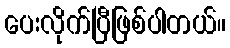
ပေးလိုက်ပြီဖြစ်ပါတယ်။